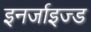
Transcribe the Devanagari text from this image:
इनर्जाइज्ड